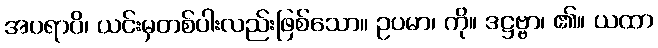
အပရာပိ၊ ယင်းမှတစ်ပါးလည်းဖြစ်သော။ ဥပမာ၊ ကို။ ဒဋ္ဌဗ္ဗာ၊ ၏။ ယထာ